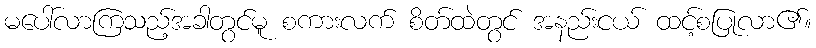
မပေါ်လာကြသည့်အခါတွင်မူ စကားလက် စိတ်ထဲတွင် အနည်းငယ် ထင့်စပြုလာ၏။